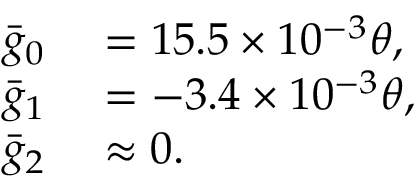
\begin{array} { r l } { { \bar { g } } _ { 0 } } & { { } = 1 5 . 5 \times 1 0 ^ { - 3 } \theta , } \\ { { \bar { g } } _ { 1 } } & { { } = - 3 . 4 \times 1 0 ^ { - 3 } \theta , } \\ { { \bar { g } } _ { 2 } } & { { } \approx 0 . } \end{array}